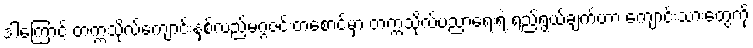
ဒါကြောင့် တက္ကသိုလ်ကျောင်းနှစ်လည်မဂ္ဂဇင်းတစောင်မှာ တက္ကသိုလ်ပညာရေးရဲ့ ရည်ရွယ်ချက်ဟာ ကျောင်းသားတွေကို